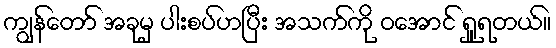
ကျွန်တော် အခုမှ ပါးစပ်ဟပြီး အသက်ကို ဝအောင် ရှူရတယ်။